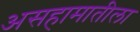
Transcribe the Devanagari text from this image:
असहामातीला